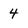
Character: 4